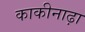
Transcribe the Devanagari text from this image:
काकीनाढ़ा